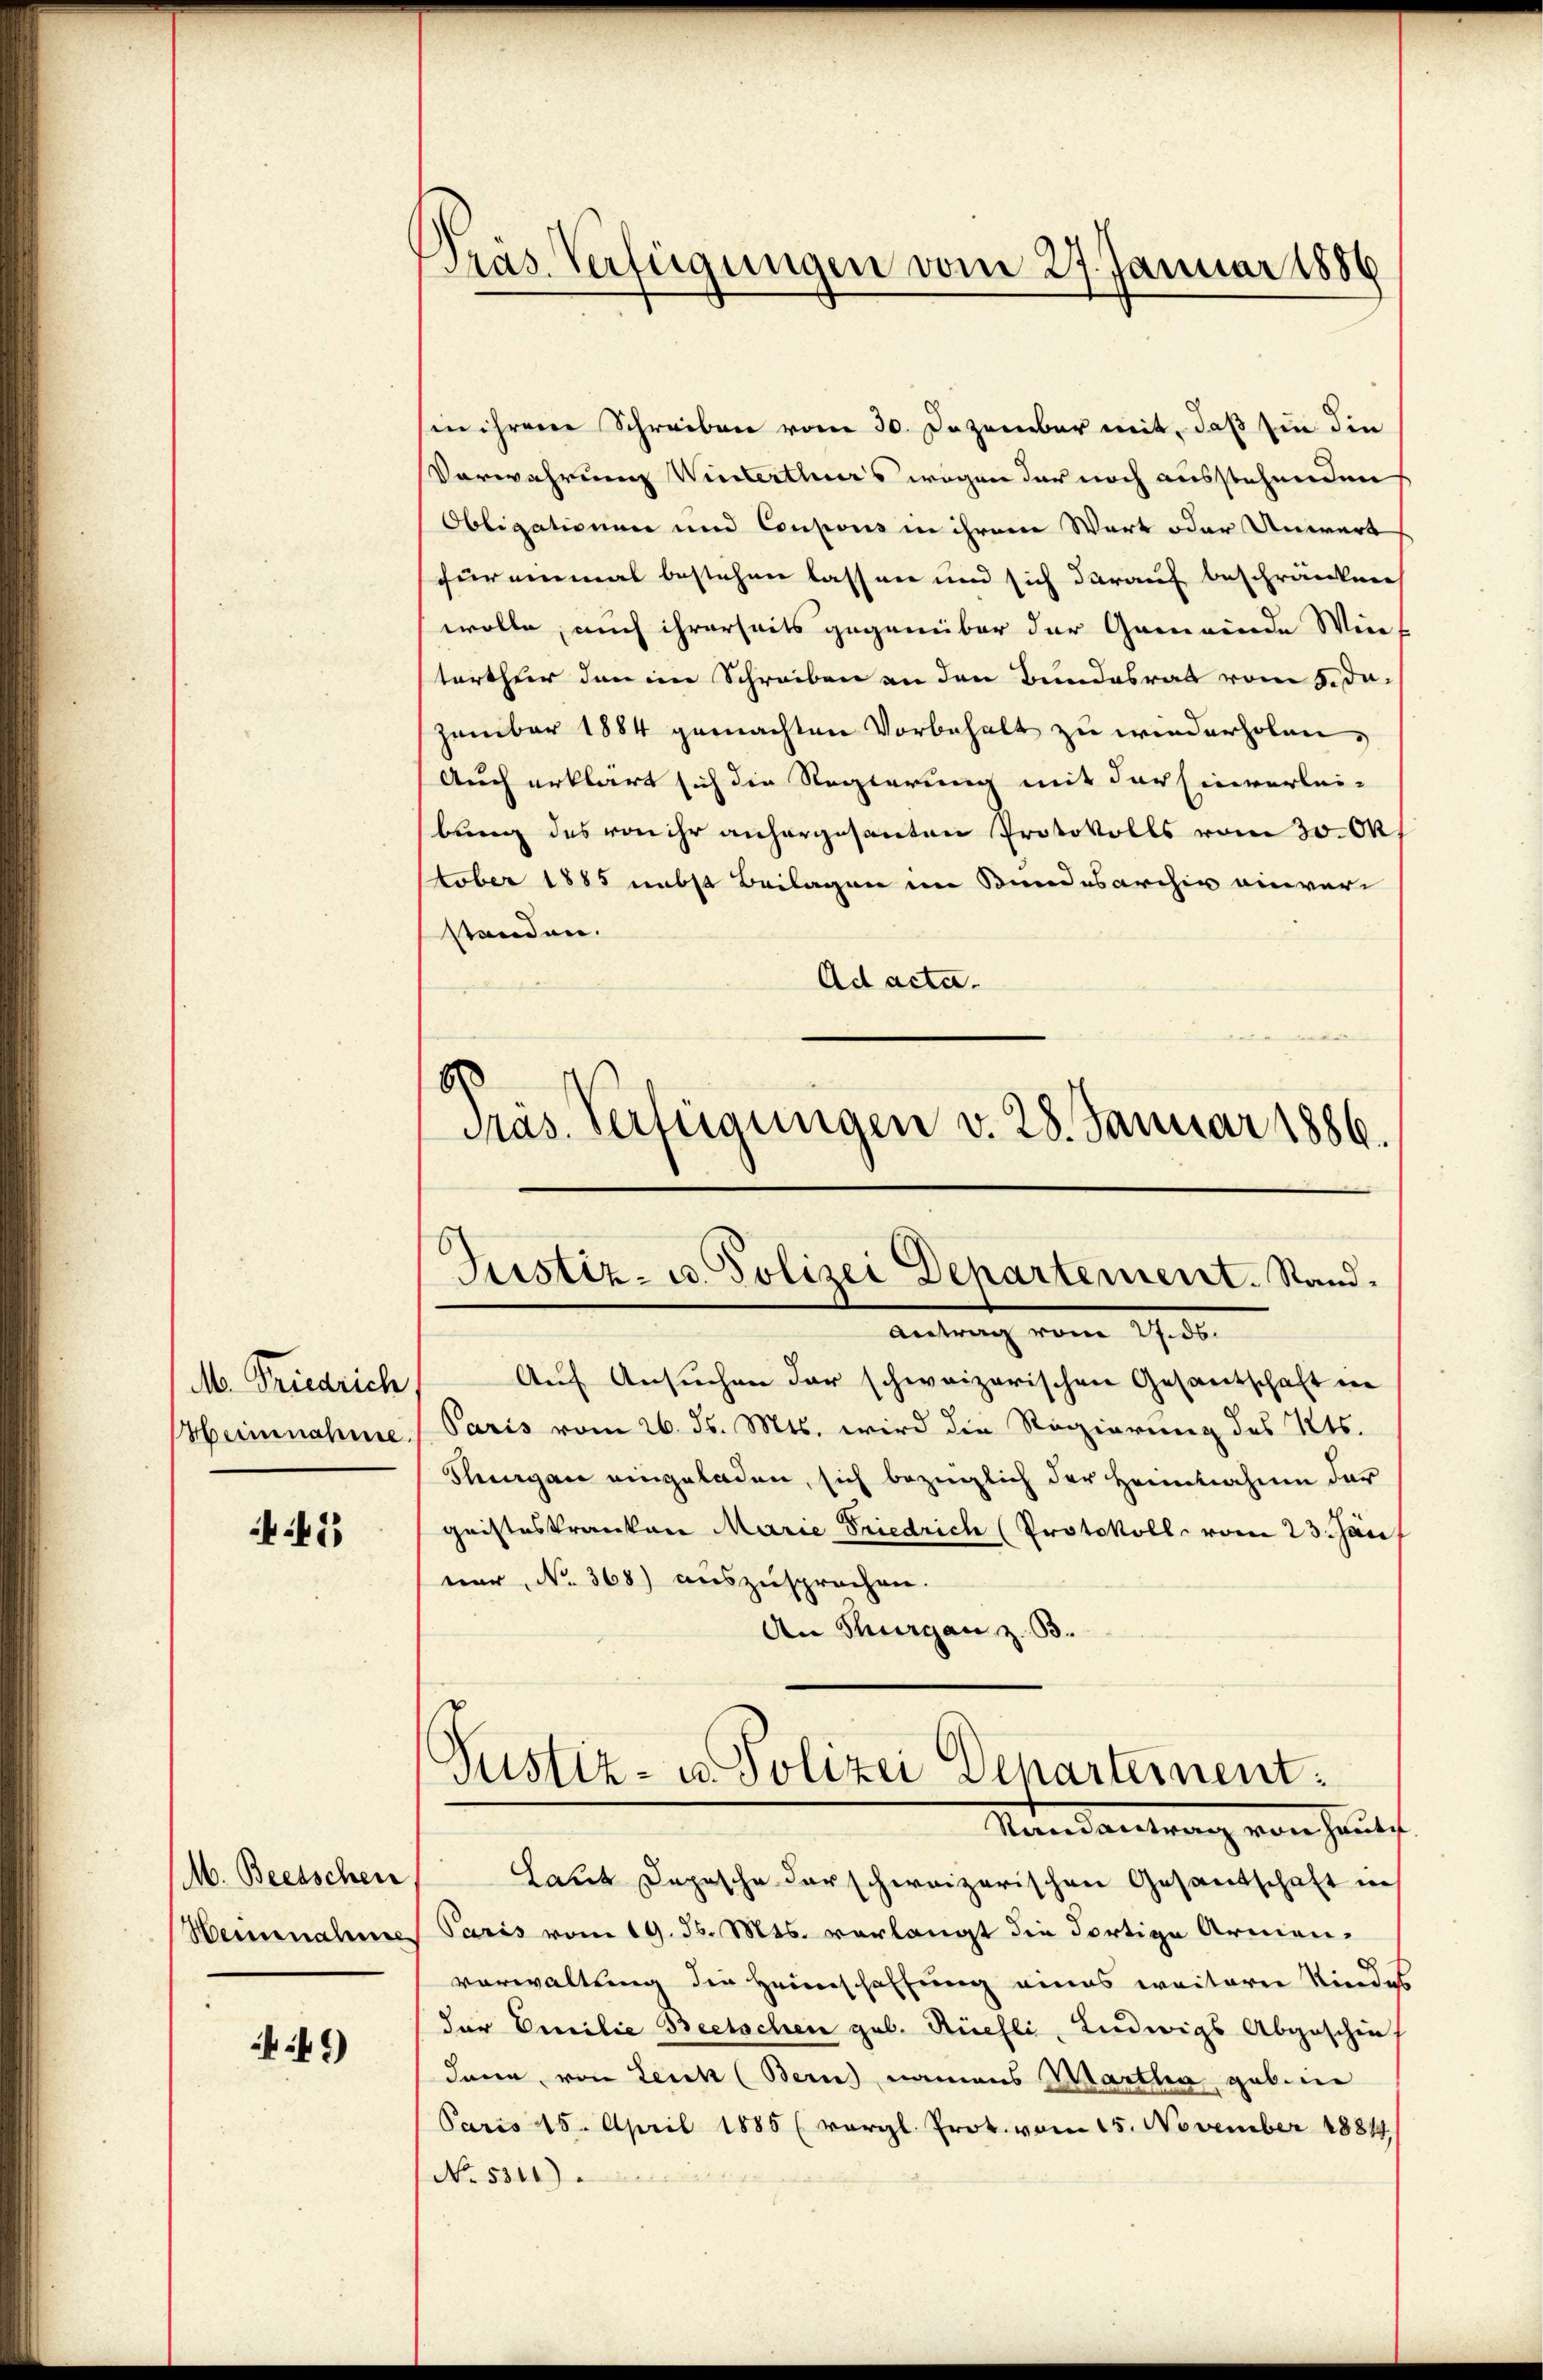
M. Friedrich
Oberinnahme.

41

M. Beetschen
Heinnahme

249)

Pras Verfügungen vom 27. Januar 1886

in ihrem Schreiben vom 30. Dezember mit, daß sie die
Verwahrung Winterthurs wegen der noch ausstehenden
Obligationen und Coupons in ihrem Wart oder Unwert
für einmal bestehen lassen und sich darauf beschränken
wolle, auch ihrerseits gegenüber der Gemeinde Wie
terthur den im Schreiben an den Bundesrat vom 5. dazember 1884 gemachten Vorbehalt zu wiederholen,
Auch erklärt sich die Regierung mit der Einverlei-
bung des von ihr anhergesanten Protokolls vom 30. Ok
stober 1885 nebst Beilagen im Bundesarchiv einverstanden.
Ad acta.
8
Präs. Verfügungen v. 28. Januar 1886.

Justiz- u. Polizei Departement. Stand.

86
Auf Ansuchen der schweizerischen Gesantschaft in
Paris vom 26. ds. Mts. wird die Regierung des Kts.
Purgau eingeladen, sich bezüglich der Heimahme der
geisteskranken Marie Friedrich (Protokoll vom 23. Jän
nur, No. 368) auszusprochen.
An Thurgau z. B.
Laut Depesche darschweizerischen Gesandschaft in
Paris vom 19. d. Mts. verlangt die dortige Armenvorwaltung die Heimschaffung eines weiteren Kindel
der Emilie Beetschen geb. Rüehli, Ludwigs Abgeschie
dann, von Leuk (Bern namens Martha geben
Paris 15. April 1885 (vergl. Prot. vom 15. November 1881.
No. 5310)

Justiz- u. Polizei Departement.
Mandantrag von Hautf